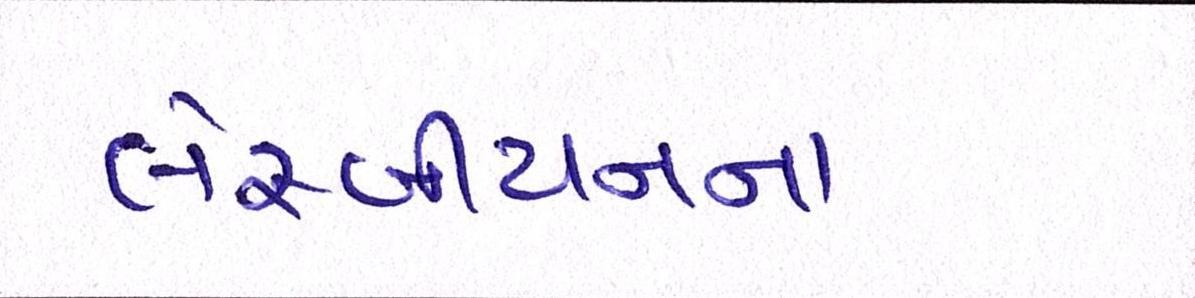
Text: લેસ્બીયનના